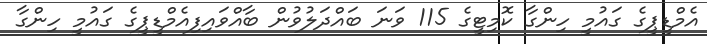
އެމްޑީޕީގެ ގައުމީ ހިންގާ ކޮމިޓީގެ 115 ވަނަ ބައްދަލުވުން ބާއްވައިފިއެމްޑީޕީގެ ގައުމީ ހިންގާ